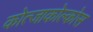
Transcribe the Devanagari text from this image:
कोत्जाकोल्कोस